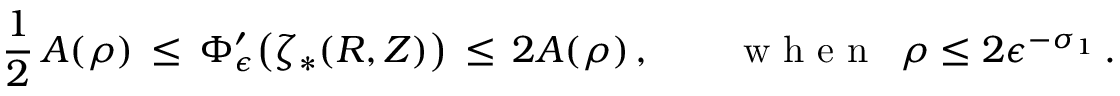
\frac 1 2 \, A ( \rho ) \, \le \, \Phi _ { \epsilon } ^ { \prime } \bigl ( \zeta _ { * } ( R , Z ) \bigr ) \, \le \, 2 A ( \rho ) \, , \qquad \mathrm { ~ w ~ h ~ e ~ n ~ } ~ \, \rho \le 2 \epsilon ^ { - \sigma _ { 1 } } \, .